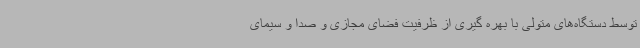
توسط دستگاه‌های متولی با بهره گیری از ظرفیت فضای مجازی و صدا و سیمای